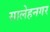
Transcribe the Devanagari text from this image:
सालेहनगर